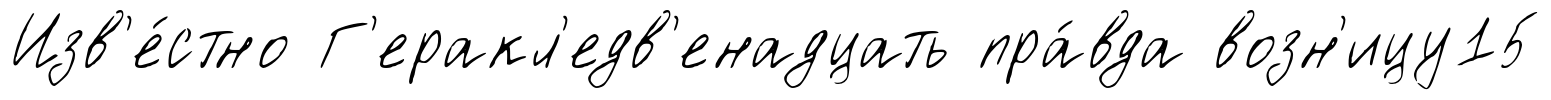
Изв'е́стно Г'еракл'едв'енадцать пра́вда возн'ицу15